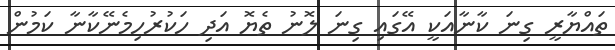
ތައްޔާރީ ގިނަ ކާނާއަކީ އޭގައި ގިނަ ލޮނު ތެޔޮ އަދި ހަކުރުހިމެނޭކާނާ ކަމުން